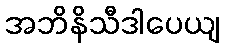
အဘိနိသီဒါပေယျ